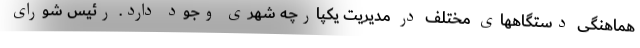
هماهنگی دستگاههای مختلف در مدیریت یکپارچه شهری وجود دارد. رئیس شورای